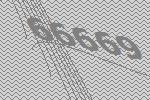
66669